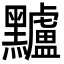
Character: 黸